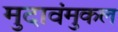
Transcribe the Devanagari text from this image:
मुदावंमुकल